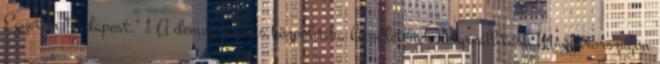
Egyetem Budapest." 1 A demokratikus közpolitika becsületének helyreállítása Magyarországon